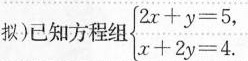
拟)已知方程组$$\begin {cases} 2 x + y = 5, \\ x + 2 y = 4 \end {cases}$$.